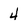
Character: 4